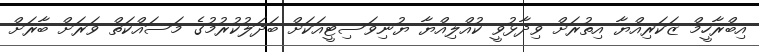
އިބްރާހީމް ޒަކަރިއްޔާ އިތުރަށް ވިދާޅުވީ ކުއްލިއްޔާ ޔުނިވަސިޓީއަކަށް ބަދަލުކުރުމުގެ މަސައްކަތް ވަރަށް ބާރަށް